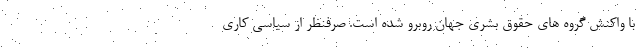
با واکنش گروه های حقوق بشری جهان روبرو شده است. صرفنظر از سیاسی کاری